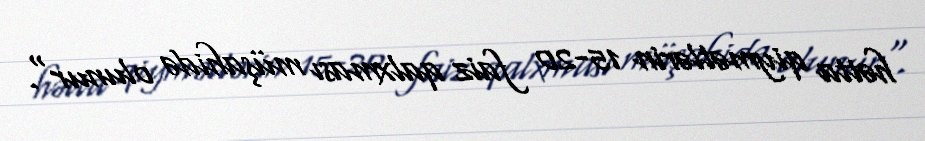
hətta qiymətlərin 15-20 faiz qalxması müşahidə olunur".